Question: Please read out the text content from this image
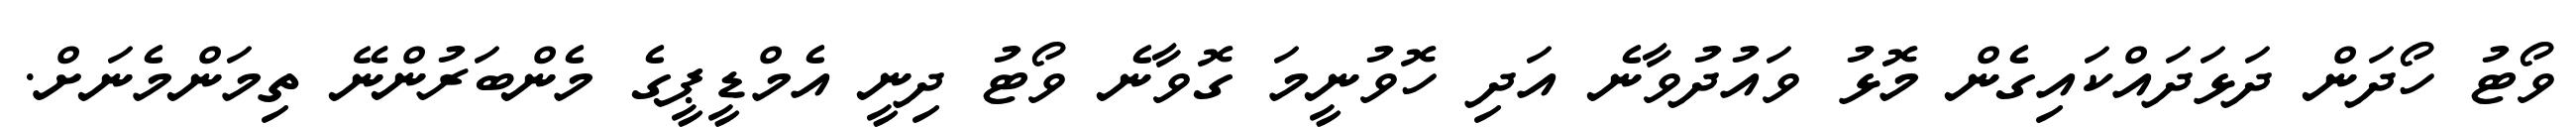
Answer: ވޯޓު ހޯދަން ދަޅަދައްކައިގެން މޮޅު ވައުދުވާނެ އަދި ހޮވުނީމަ ގޮވާނެ ވޯޓު ދިނީ އެމްޑީޕީގެ މެންބަރުންނޭ ތިމަންމެނަށް.